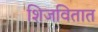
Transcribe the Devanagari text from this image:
शिजवितात